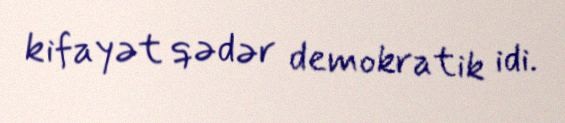
kifayət qədər demokratik idi.